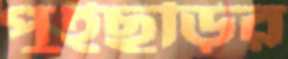
পুইছড়ির